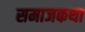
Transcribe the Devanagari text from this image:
समाजकथा